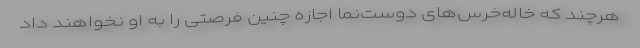
هرچند که خاله‌خرس‌های دوست‌نما اجازه چنین فرصتی را به او نخواهند داد